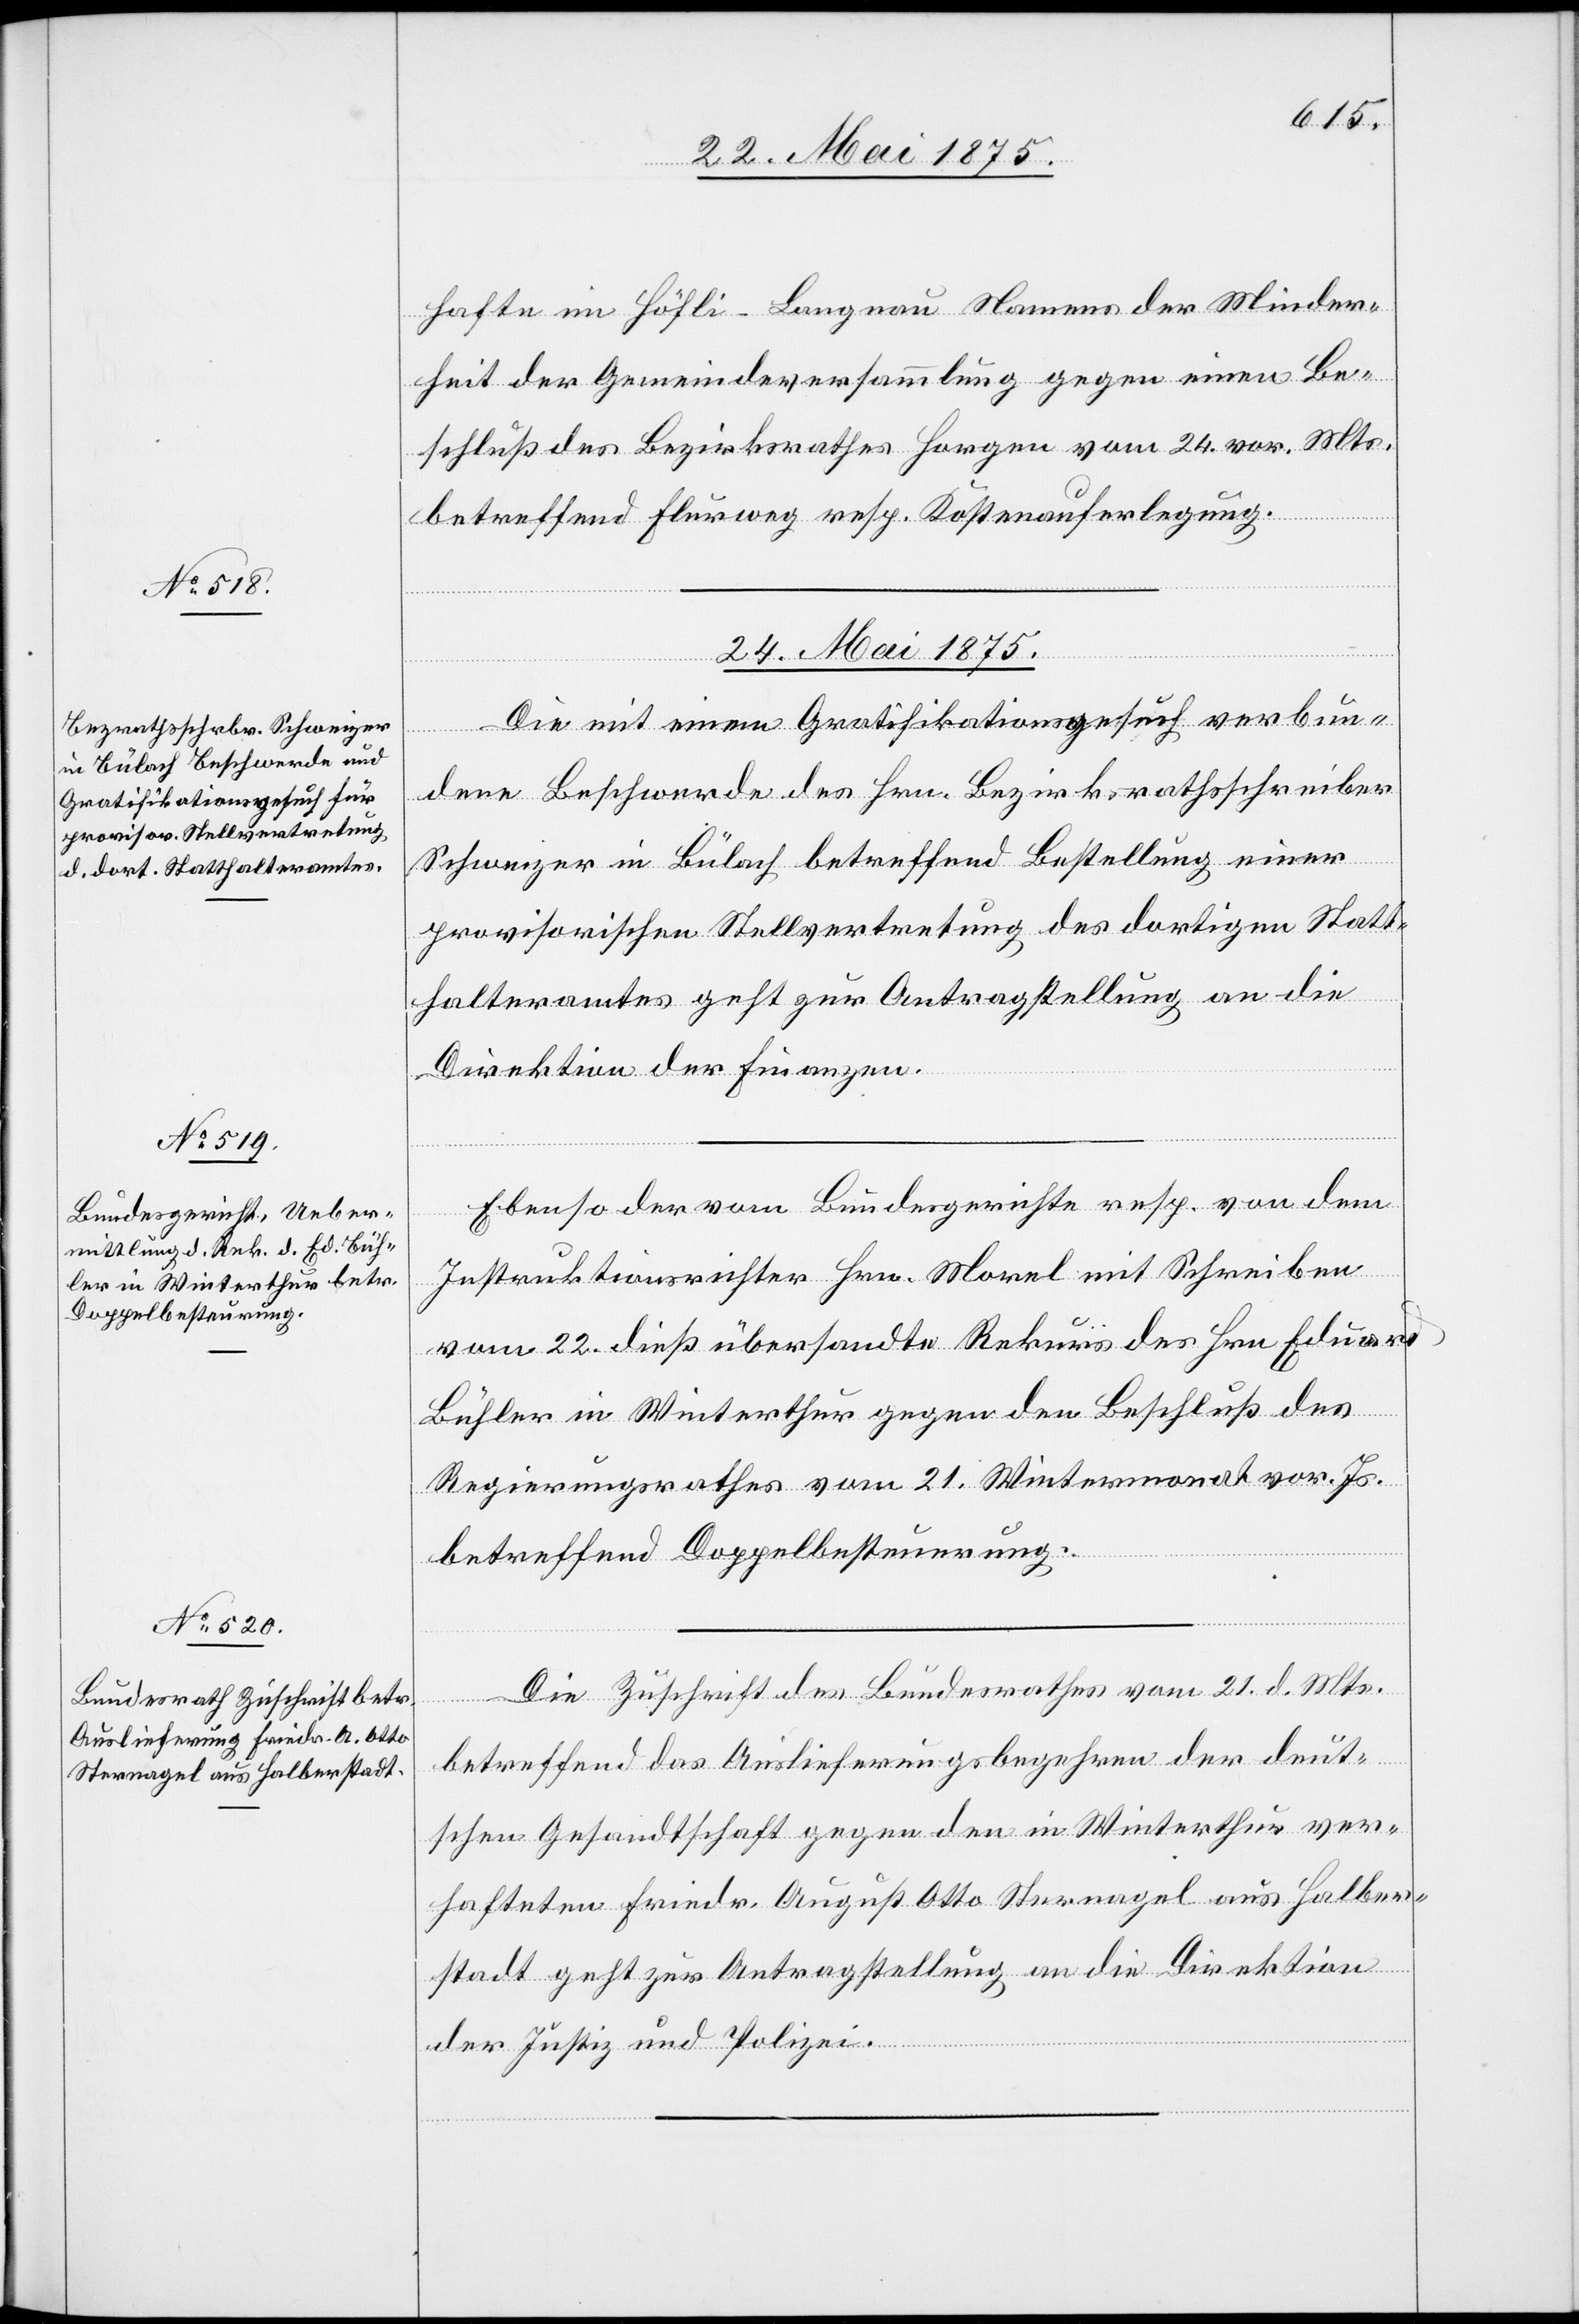
hafte im Höfli - Langnau Namens der Minder¬
heit der Gemeindeversammlung gegen einen Be¬
schluß des Bezirksrathes Horgen vom 24. vor. Mts.
betreffend Flurweg resp. Kostenauferlegung.
24. Mai 1875.]
Die mit einem Grativikationsgesuch verbun¬
dene Beschwerde des Hrn. Bezirksrathsschreiber
Schweizer in Bülach betreffend Bestellung einer
provisorischen Stellvertretung des dortigen Statt¬
halteramtes geht zur Antragstellung an die
Direktion der Finanzen.
Ebenso der vom Bundesgerichte resp. von dem
Instruktionsrichter Hrn. Morel mit Schreiben
vom 22. dieß übersandte Rekurs des Hrn. Eduard
Bühler in Winterthur gegen den Beschluß des
Regierungsrathes vom 21. Wintermonat vor. Js.
betreffend Doppelbesteuerung.
Die Zuschrift des Bundesrathes vom 21. d. Mts.
betreffend das Auslieferungsbegehren der deut¬
schen Gesandtschaft gegen den in Winterthur ver¬
hafteten Friedr. August Otto Sternagel aus Halber¬
stadt geht zur Antragstellung an die Direktion
der Justiz und Polizei.